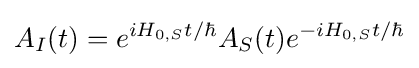
A_{I}(t)=e^{iH_{0,S}t/\hbar }A_{S}(t)e^{-iH_{0,S}t/\hbar }